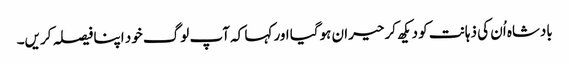
بادشاہ اُن کی ذہانت کو دیکھ کر حیران ہوگیا اور کہا کہ آپ لوگ خود اپنا فیصلہ کریں۔